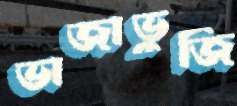
ভাজাভুজি